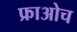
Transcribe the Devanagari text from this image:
फ्राओच